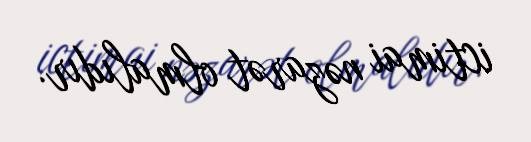
ictimai nəzarət olmalıdır.